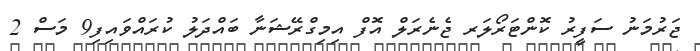
ޖަރުމަނު ސަފީރު ކޮންޓަރޯލަރ ޖެނެރަލް އޮފް އިމިގްރޭޝަނާ ބައްދަލު ކުރައްވައިފި9 މަސް 2